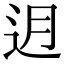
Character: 迌